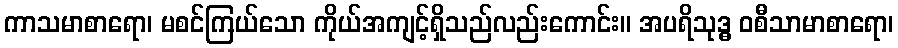
ကာသမာစာရော၊ မစင်ကြယ်သော ကိုယ်အကျင့်ရှိသည်လည်းကောင်း။ အပရိသုဒ္ဓ ဝစီသာမာစာရော၊